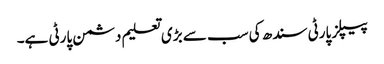
پیپلز پارٹی سندھ کی سب سے بڑی تعلیم دشمن پارٹی ہے۔